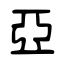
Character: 亞